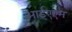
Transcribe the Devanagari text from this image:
आईएएम